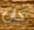
كان